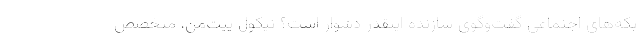
بکه‌های اجتماعی گفت‌و‌گوی سازنده اینقدر دشوار است؟ نیکول ییت‌من، متخصص